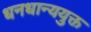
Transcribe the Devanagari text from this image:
धनधान्ययुक्त